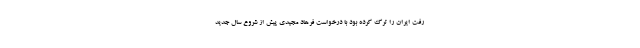
رفت ایران را ترک کرده بود با درخواست فرهاد مجیدی پیش از شروع سال جدید